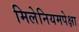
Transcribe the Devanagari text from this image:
मिलेनियमपेक्षा